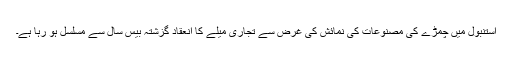
استنبول میں چمڑے کی مصنوعات کی نمائش کی غرض سے تجاری میلے کا انعقاد گزشتہ بیس سال سے مسلسل ہو رہا ہے۔